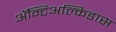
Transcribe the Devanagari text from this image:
अॅन्टिअल्किडास